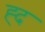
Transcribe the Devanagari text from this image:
ह्द